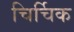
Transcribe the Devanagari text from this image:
चिर्चिक